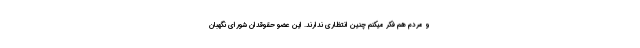
و مردم هم فکر میکنم چنین انتظاری ندارند. این عضو حقوقدان شورای نگهبان